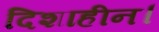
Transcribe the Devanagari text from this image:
दिशाहीन।